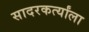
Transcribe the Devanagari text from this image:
सादरकर्त्यांला